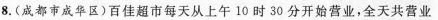
8.(成都市成华区)百佳超市每天从上午10时30分开始营业，全天共营业